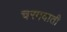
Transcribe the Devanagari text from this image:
चरमवाती